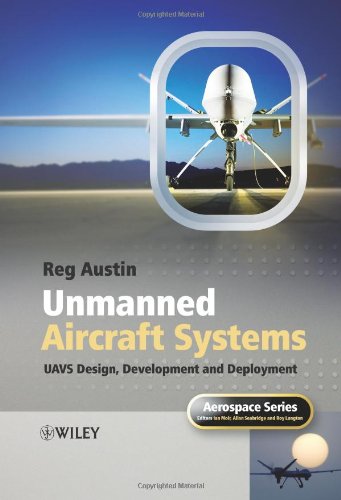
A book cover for Unmanned Air Systems: UAV Design, Development and Deployment; Reg Austin; Engineering & Transportation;